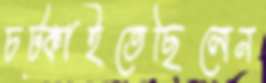
চট্‌কাইতেছিলেন